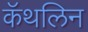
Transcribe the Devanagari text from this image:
कॅथलिन